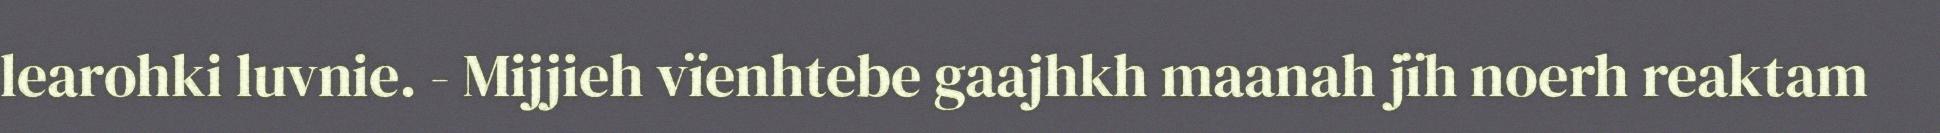
learohki luvnie. - Mijjieh vïenhtebe gaajhkh maanah jïh noerh reaktam